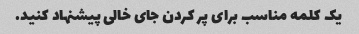
یک کلمه مناسب برای پر کردن جای خالی پیشنهاد کنید.